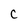
Character: C